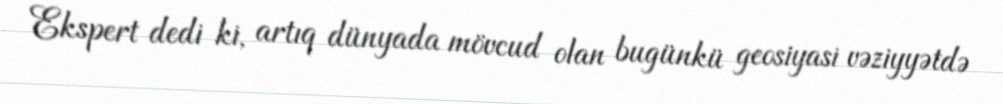
Ekspert dedi ki, artıq dünyada mövcud olan bugünkü geosiyasi vəziyyətdə